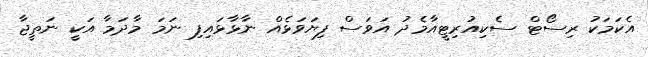
އެކަމަކު ރިސޯޓް ސެކިއުރިޓީއާމެދު އަވަސް ފިޔަވަޅެއް ނާޅާޅައިފި ނަމަ މާދަމާ އަކީ ނަތީޖާ